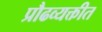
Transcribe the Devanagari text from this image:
प्रौढव्यक्तीत